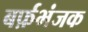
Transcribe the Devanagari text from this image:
बर्फ़भंजक